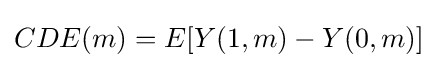
CDE(m)=E[Y(1,m)-Y(0,m)]